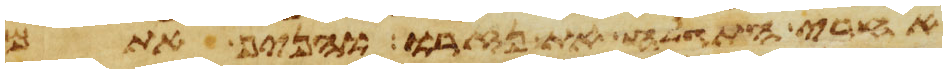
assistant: אחרי התגלח את נזרו והניף אתם